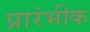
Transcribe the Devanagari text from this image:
प्रारंभीक